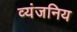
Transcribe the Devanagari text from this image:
व्यंजनिय